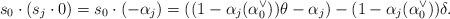
LaTeX: \begin{align*}s_0 \cdot (s_j \cdot 0) = s_0 \cdot (-\alpha_j) = ((1-\alpha_j (\alpha_0^{\vee}))\theta - \alpha_j) - (1-\alpha_j (\alpha_0^{\vee}))\delta.\end{align*}